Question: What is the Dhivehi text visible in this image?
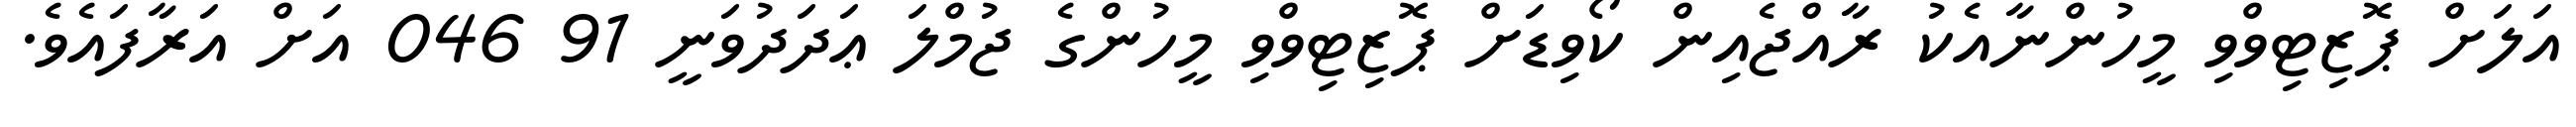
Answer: އަލަށް ޕޮޒިޓިވްވި މީހުންނާއެކު ރާއްޖެއިން ކޯވިޑަށް ޕޮޒިޓިވްވި މީހުންގެ ޖުމްލަ ޢަދަދުވަނީ 91 046 އަށް އަރާފައެވެ.